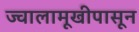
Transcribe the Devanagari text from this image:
ज्वालामूखीपासून